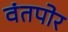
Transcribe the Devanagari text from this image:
वंतपोर